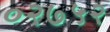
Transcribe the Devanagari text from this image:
०२७५२